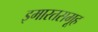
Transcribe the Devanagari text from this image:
इमारतसमूह